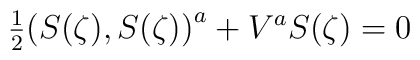
\hbox{$\frac{1}{2}$} \bigr( S(\zeta), S(\zeta) \bigr)^a + V^a S(\zeta) = 0